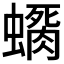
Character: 𲀊